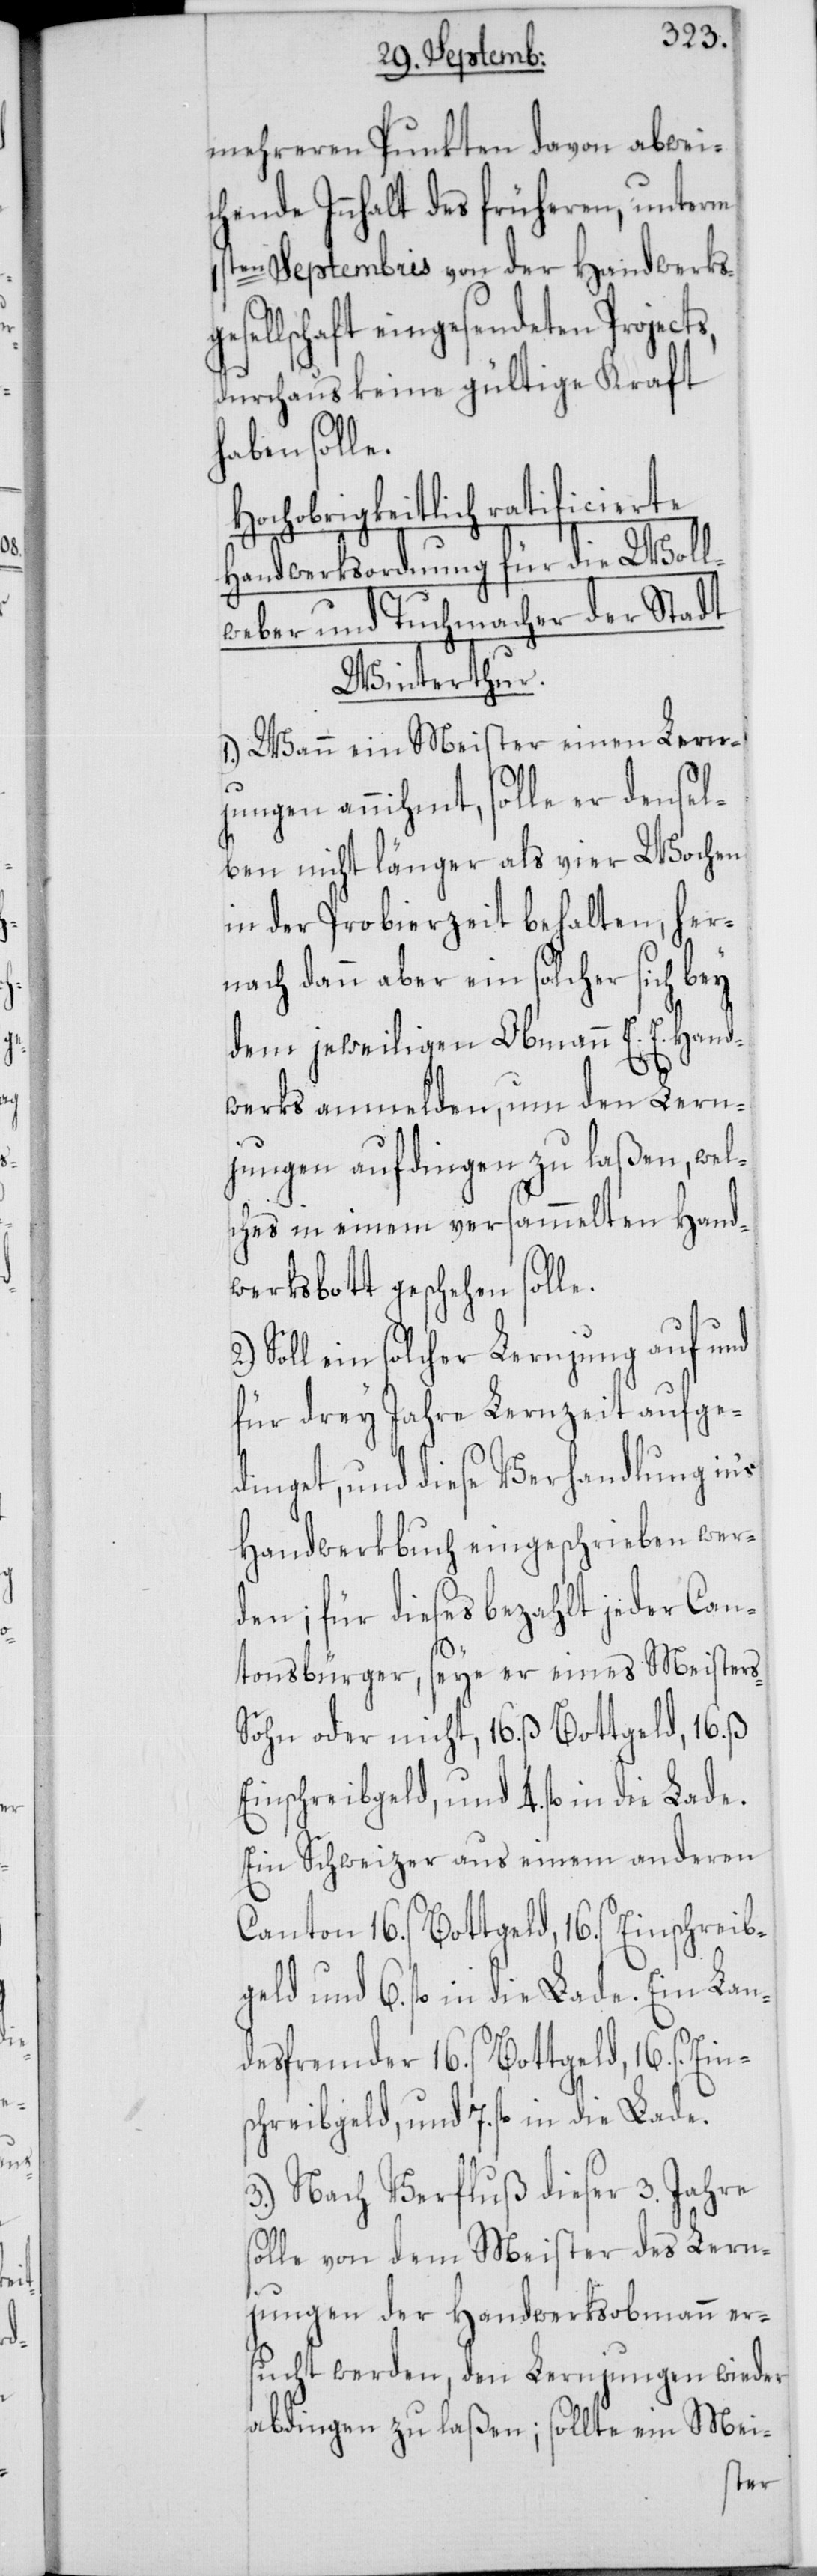
mehreren Punkten davon abwei¬
chende Innhalt des früheren, unterm
Septembris von der Handwerks¬
ellschaft eingesendeten Projec¬
durchaus keine gültige Kraft
haben solle.
Hochobrigkeitlich ratificierte
Handwerksordnung für die Woll¬
weber und Tuchmacher der Stadt
Winterthur.
1.) Wann ein Meister einen Lern¬
jungen annihmt, solle er densel¬
ben nicht länger als vier Wochen
in der Probierzeit behalten, Her¬
nach dann aber ein solcher sich bey
dem jeweiligen Obmann E. E. Hand¬
werks anmelden, um den Lern¬
jungen aufdingen zu laßen, wel¬
ches in einem versammelten Hand¬
werksbott geschehen sol¬
Soll ein solcher Lernjung auf und
für drey Jahre Lernzeit aufge¬
dinget, und diese Verhandlung in's
Handwerkbuch eingeschrieben wer¬
den; für dieses bezahlt jeder Can¬
tonsbürger, seye er eines Meister¬
s-Sohn oder nicht, 16. ß Bottgeld, 16. ß
Einschreibgeld und 7. fl. in die
Ein Schweizer aus einem anderen
Canton 16. ß Bottgeld, 16. ß Einschreib¬
geld und 6. fl. in die Lade. Ein Lan¬
desfremder 16. ß Bottgeld, 16. ß
3.) Nach Verfluß dieser 3. Jahre
solle von dem Meister des Lern¬
jungen der Handwerksobmann ers¬
ucht werden, den Lernjungen wieder
abdingen zu laßen; sollte ein Mei-
le.